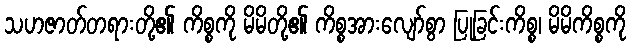
သဟဇာတ်တရားတို့၏ ကိစ္စကို မိမိတို့၏ ကိစ္စအားလျော်စွာ ပြုခြင်းကိစ္စ၊ မိမိကိစ္စကို